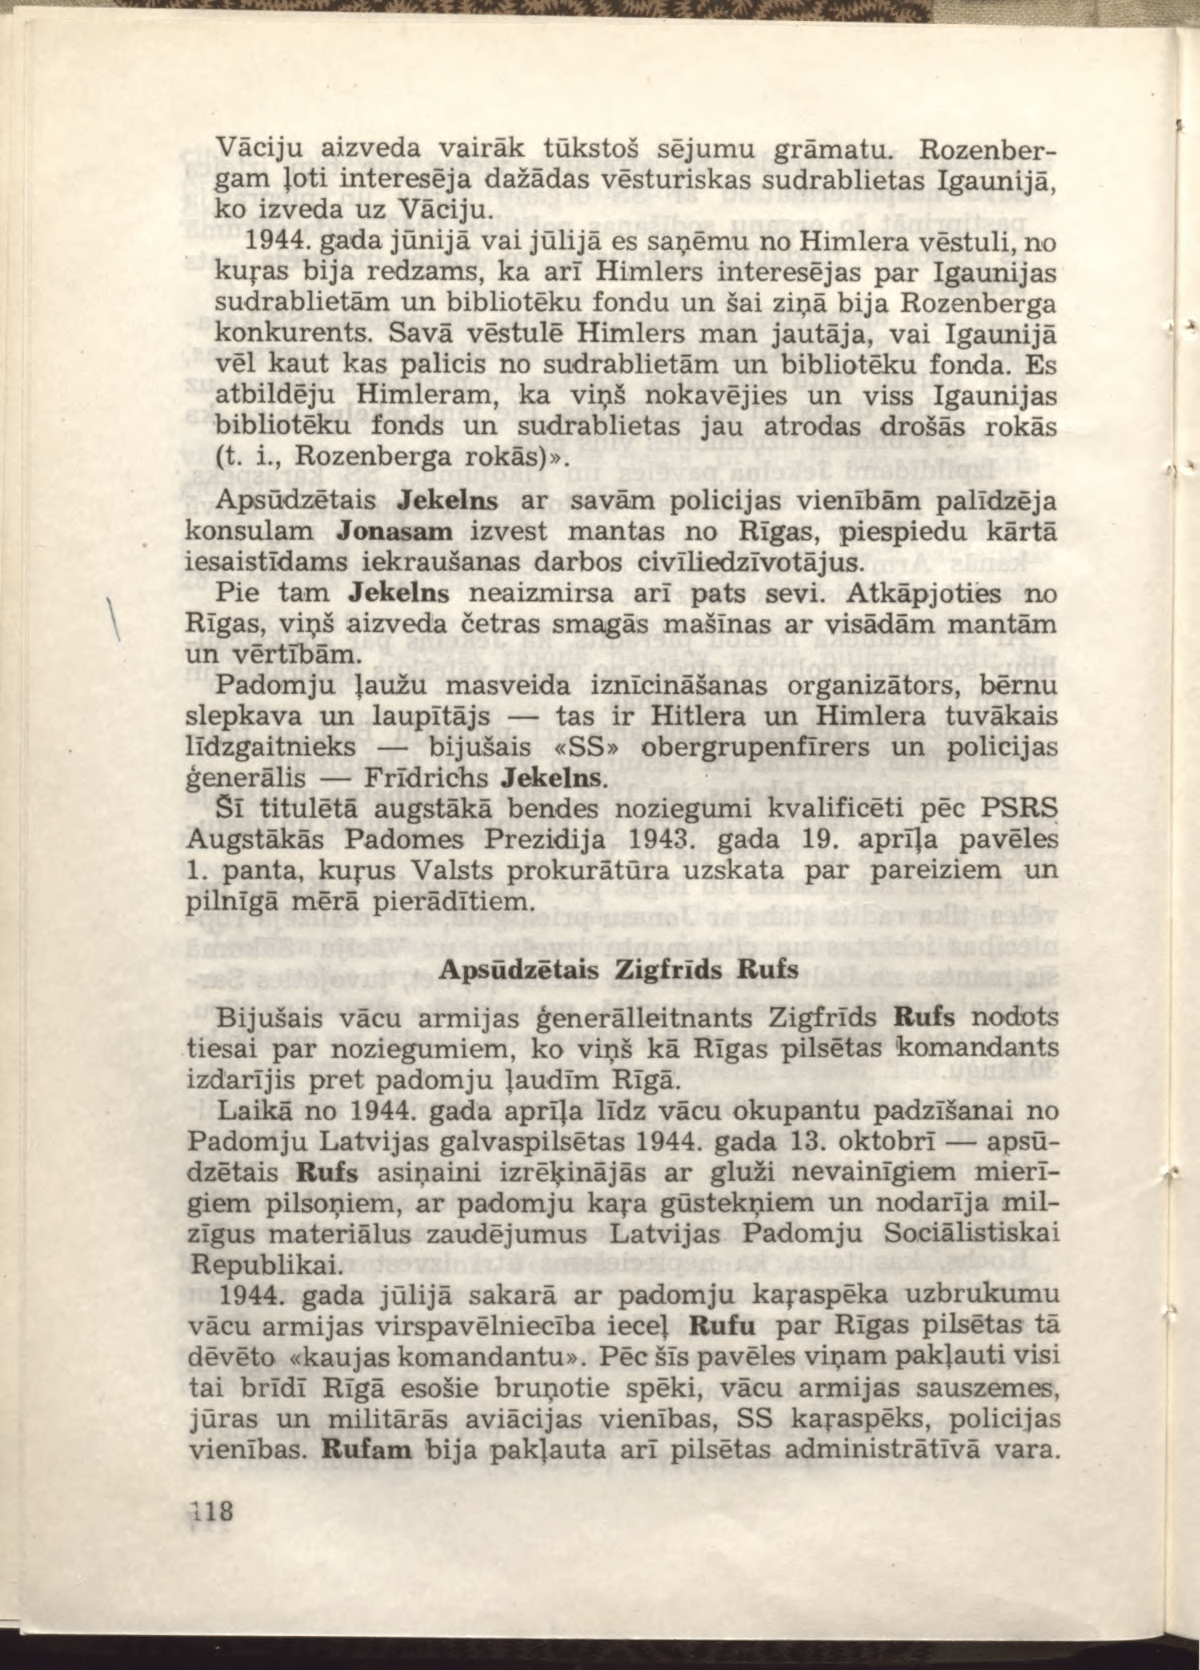
Language: lv